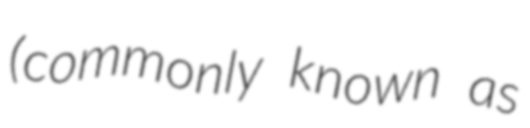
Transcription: (commonly known as